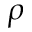
\rho